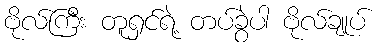
ဗိုလ်ကြီး တူရှင်ရဲ့ တပ်ခွဲပါ ဗိုလ်ချုပ်